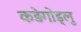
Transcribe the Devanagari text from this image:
कड़ेगोंड्लु